Indian journal of veterinary science and animal husbandry - Volume 10,
Year: 1940
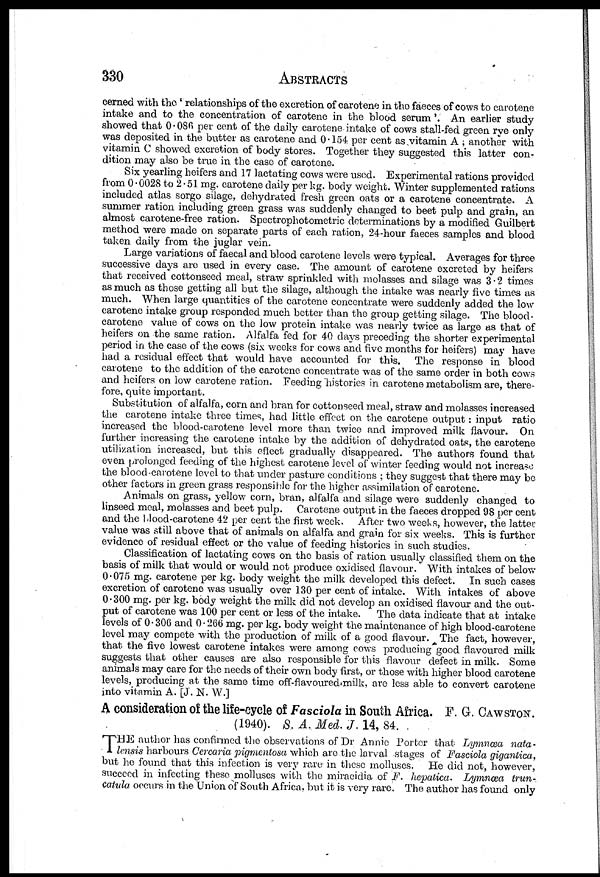
330
ABSTRACTS
cerned with the ' relationships of the excretion of carotene in the faeces of cows to carotene
intake and to the concentration of carotene in the blood serum'. An earlier study
showed that 0.086 per cent of the daily carotene intake of cows stall-fed green rye only
was deposited in the butter as carotene and 0.154 per cent as vitamin A ; another with
vitamin C showed excretion of body stores. Together they suggested this latter con-
dition may also be true in the case of carotene.
Six yearling heifers and 17 lactating cows were used. Experimental rations provided
from 0.0028 to 2.51 mg. carotene daily per kg. body weight. Winter supplemented rations
included atlas sorgo silage, dehydrated fresh green oats or a carotene concentrate. A
summer ration including green grass was suddenly changed to beet pulp and grain, an
almost carotene-free ration. Spectrophotometric determinations by a modified Guilbert
method were made on separate parts of each ration, 24-hour faeces samples and blood
taken daily from the juglar vein.
Large variations of faecal and blood carotene levels were typical. Averages for three-
successive days are used in every case. The amount of carotene excreted by heifers
that received cottonseed meal, straw sprinkled with molasses and silage was 3.2 times
as much as those getting all but the silage, although the intake was nearly five times as
much. When large quantities of the carotene concentrate were suddenly added the low
carotene intake group responded much better than the group getting silage. The blood -
carotene value of cows on the low protein intake was nearly twice as large as that of
heifers on the same ration. Alfalfa fed for 40 days preceding the shorter experimental
period in the case of the cows (six weeks for cows and five months for heifers) may have
had a residual effect that would have accounted for this. The response in blood
carotene to the addition of the carotene concentrate was of the same order in both cows
and heifers on low carotene ration. Feeding histories in carotene metabolism are, there-
fore, quite important.
Substitution of alfalfa, corn and bran for cottonseed meal, straw and molasses increased
the carotene intake three times, had little effect on the carotene output: input ratio
increased the blood-carotene level more than twice and improved milk flavour. On
further increasing the carotene intake by the addition of dehydrated oats, the carotene
utilization increased, but this effect gradually disappeared. The authors found that
even prolonged feeding of the highest carotene level of winter feeding would not increase
the blood-carotene level to that under pasture conditions ; they suggest that there may be
other factors in green grass responsible for the higher assimilation of carotene.
Animals on grass, yellow corn, bran, alfalfa and silage were suddenly changed to
linseed meal, molasses and beet pulp. Carotene output in the faeces dropped 98 per cent
and the blood-carotene 42 per cent the first week. After two weeks, however, the latter
value was still above that of animals on alfalfa and grain for six weeks. This is further
evidence of residual effect or the value of feeding histories in such studies.
Classification of lactating cows on the basis of ration usually classified them on the
basis of milk that would or would not produce oxidised flavour. With intakes of below
0.075 mg. carotene per kg. body weight the milk developed this defect. In such cases
excretion of carotene was usually over 130 per cent of intake. With intakes of above
0.300 mg. per kg. body weight the milk did not develop an oxidised flavour and the out-
put of carotene was 100 per cent or less of the intake.
The data indicate that at intake
levels of 0.306 and 0.266 mg. per kg. body weight the maintenance of high blood-carotene
level may compete with the production of milk of a good flavour. The fact, however,
that the five lowest carotene intakes were among cows producing good flavoured milk
suggests that other causes are also responsible for this flavour defect in milk. Some
animals may care for the needs of their own body first, or those with higher blood carotene
levels, producing at the same time off-flavoured milk, are less able to convert carotene
into vitamin A. [J. N. W.]
A consideration of the life-cycle of Fasciola in South Africa. F. G. CAWSTON.
(1940). S. A. Med. J. 14, 84.
T HE author has confirmed the observations of Dr Annie Porter that Lymnæa nata-
lensis harbours Cercaria pigmentosa which are the larval stages of Fasciola gigantica,
but he found that this infection is very rare in these molluscs. He did not, however,
succeed in infecting these molluscs with the miracidia of F. hepatica. Lymnæa trun-
Catula occurs in the Union of South Africa, but it is very rare. The author has found only